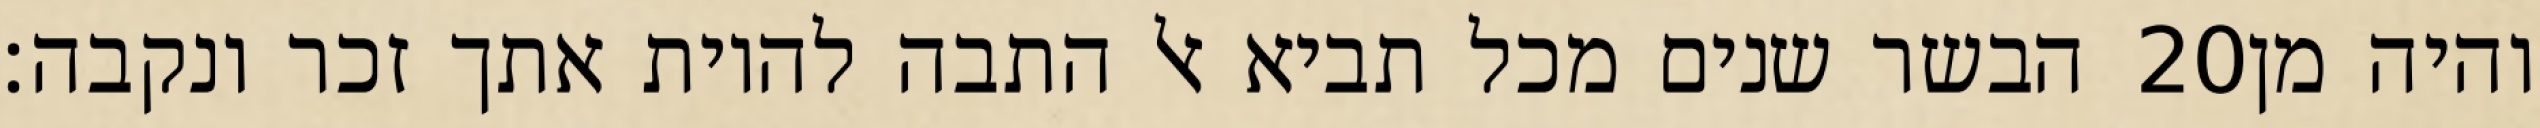
הבשר שנים מכל תביא אל התבה להיות אתך זכר ונקבה׃ ‎20‏ והיה מן